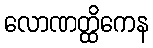
လောဏတ္ထိကေန